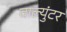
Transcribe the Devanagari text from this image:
वाल्युंटर